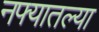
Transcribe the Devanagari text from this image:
नफ्यातल्या